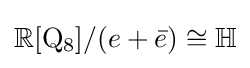
\mathbb {R} [\mathrm {Q} _{8}]/(e+{\bar {e}})\cong \mathbb {H}